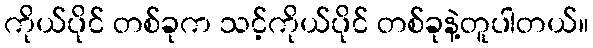
ကိုယ်ပိုင် တစ်ခုက သင့်ကိုယ်ပိုင် တစ်ခုနဲ့တူပါတယ်။